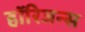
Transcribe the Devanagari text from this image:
हॉरिजन्स